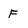
Character: F